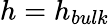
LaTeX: h=h_{bulk}